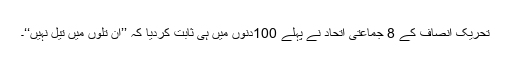
تحریکِ انصاف کے 8 جماعتی اتحاد نے پہلے 100دنوں میں ہی ثابت کردیا کہ ’’اِن تِلوں میں تیل نہیں‘‘۔